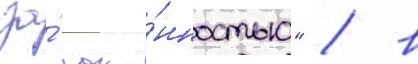
за́ зако́нностью" / в